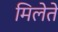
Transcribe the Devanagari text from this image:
मिलेते